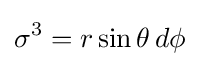
\sigma ^{3}=r\sin \theta \,d\phi